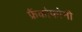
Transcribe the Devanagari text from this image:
फ्रैंकोफोनी